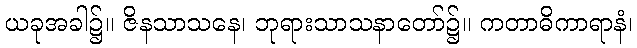
ယခုအခါ၌။ ဇိနသာသနေ၊ ဘုရားသာသနာတော်၌။ ကတာဓိကာရာနံ၊